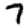
Digit: 7